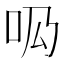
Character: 𠯷